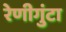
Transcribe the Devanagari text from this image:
रेणीगुंटा